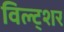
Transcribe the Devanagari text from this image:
विल्ट्शर